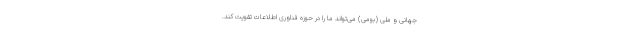
جهانی و ملی (بومی) می‌تواند ما را در حوزه فناوری اطلاعات تقویت کند.